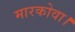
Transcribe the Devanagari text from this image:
मारकोवा।